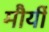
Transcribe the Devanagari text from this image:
मौर्यी